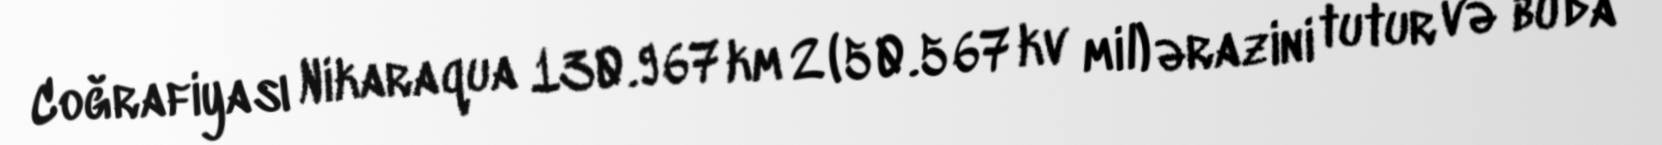
Coğrafiyası Nikaraqua 130.967 km 2 (50.567 kv mil) ərazini tutur və bu da